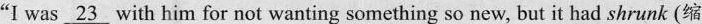
“I was\underline{23} with him for not wanting something so new, but it had shrunk (缩